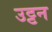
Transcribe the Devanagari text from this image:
उट्टन